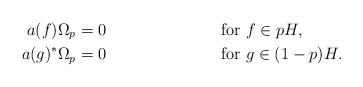
LaTeX: \begin{align*}a(f)\Omega_p &= 0 & \mbox{ for } & f \in pH,\\a(g)^*\Omega_p &= 0 & \mbox{ for } & g \in (1-p)H .\end{align*}